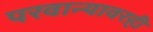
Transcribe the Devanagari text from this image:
परवान्यावरही